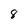
Character: 8